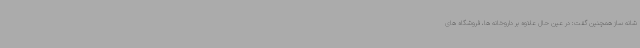
شانه ساز همچنین گفت: در عین حال علاوه بر داروخانه ها، فروشگاه های